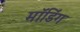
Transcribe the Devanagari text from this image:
मॉडिंग